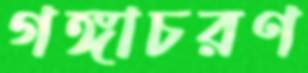
গঙ্গাচরণ